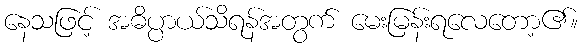
နေသဖြင့် အဓိပ္ပာယ်သိရန်အတွက် မေးမြန်းရလေတော့၏။